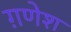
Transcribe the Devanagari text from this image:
ग़णेश